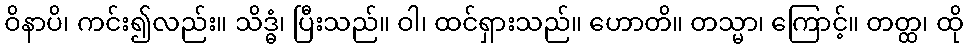
ဝိနာပိ၊ ကင်း၍လည်း။ သိဒ္ဓံ၊ ပြီးသည်။ ဝါ၊ ထင်ရှားသည်။ ဟောတိ။ တသ္မာ၊ ကြောင့်။ တတ္ထ၊ ထို